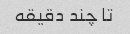
تا چند دقیقه